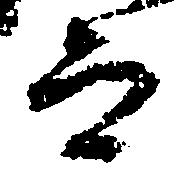
而